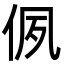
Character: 㑉